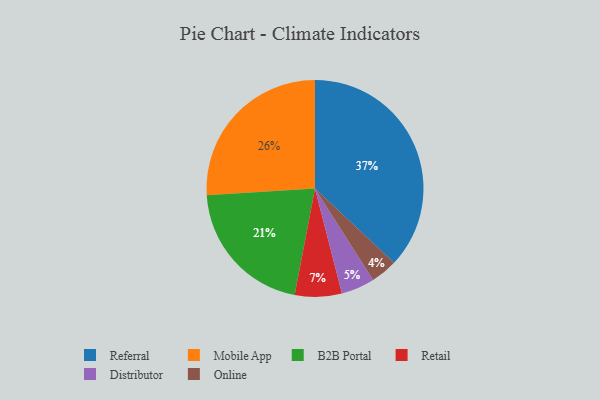
{"axis": {"x": "Category", "y": "Percentage"}, "legend": ["B2B Portal", "Distributor", "Mobile App", "Online", "Referral", "Retail"], "data": [{"x": "Referral", "y": 37, "type": "Referral"}, {"x": "Mobile App", "y": 26, "type": "Mobile App"}, {"x": "B2B Portal", "y": 21, "type": "B2B Portal"}, {"x": "Distributor", "y": 5, "type": "Distributor"}, {"x": "Retail", "y": 7, "type": "Retail"}, {"x": "Online", "y": 4, "type": "Online"}]}